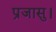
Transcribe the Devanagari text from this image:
प्रजासु।